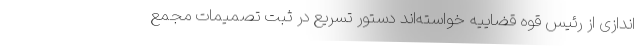
اندازی از رئیس قوه قضاییه خواسته‌اند دستور تسریع در ثبت تصمیمات مجمع